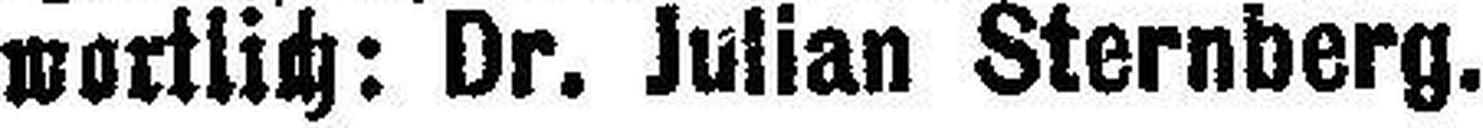
wortlich: Dr. Julian Sternberg.